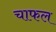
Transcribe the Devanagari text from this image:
चाफल